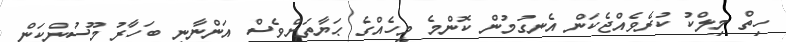
ހިތް މިލްކު ކުރެވެއްޖެކަން އެނގުމުން ކޮންމެ މީހެއްގެ ޙަޔާތަށްވެސް އަންނާނީ ބަހާރު މޫސުންކަން